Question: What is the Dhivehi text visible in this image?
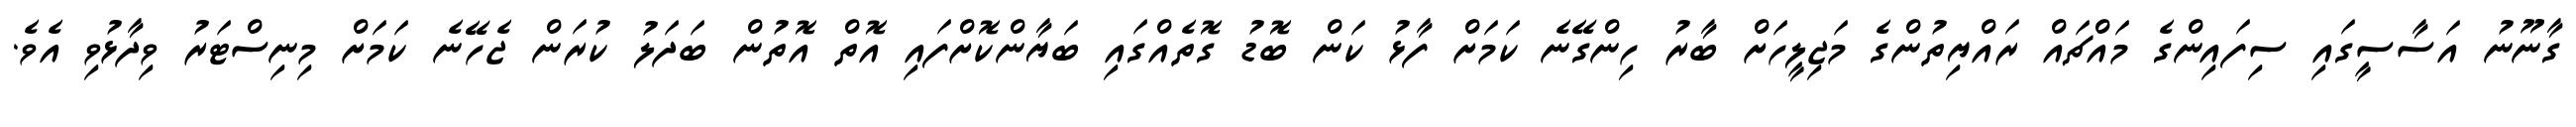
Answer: ގާނޫނު އަސާސީގައި ސިފައިންގެ މައްޗައް ރައްޔިތުންގެ މަޖިލީހަށް ބާރު ހިންގޭނެ ކަމަށް ފާޅު ކަން ބޮޑު ގޮތެއްގައި ބަޔާންކޮށްފައި އޮތް އޮތުން ބަދަލު ކުރަން ޖެހޭނެ ކަމަށް މިނިސްޓަރު ވިދާޅުވި އެވެ.